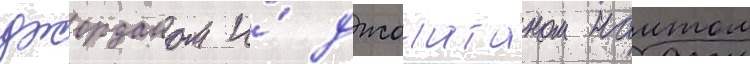
джорданом и́ джонатаном наитом